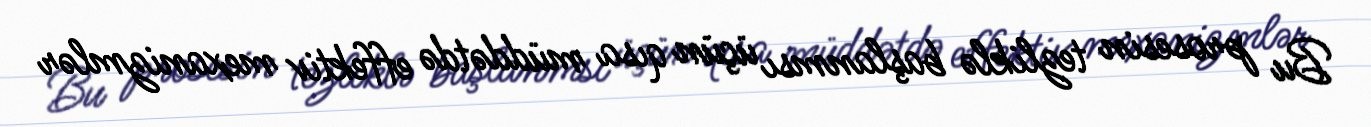
Bu prosesin tezliklə başlanmsı üçün qısa müddətdə effektiv mexanizmlər